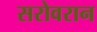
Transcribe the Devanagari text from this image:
सरोवरान